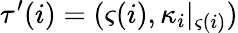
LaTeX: \tau^{\prime}(i)=(\varsigma(i),\kappa_{i}|_{\varsigma(i)})